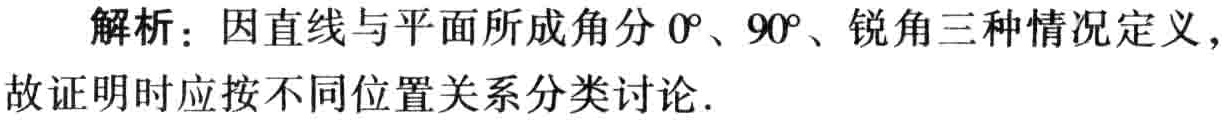
解析：因直线与平面所成角分\(0^{\circ}\)、\(90^{\circ}\)、锐角三种情况定义，故证明时应按不同位置关系分类讨论.